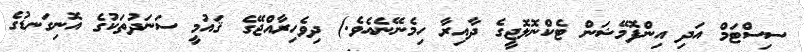
ސިސްޓަމް އަދި އިންފޮމޭޝަން ޓެކްނޮލޮޖީގެ ދާއިރާ ހިމެނޭނެއެވެ.) ދިވެހިރާއްޖޭގެ ޤައުމީ ސަނަދުތަކުގެ އޮނިގަނޑުގެ